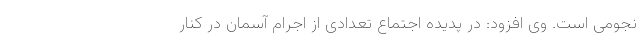
نجومی است. وی افزود: در پدیده اجتماع تعدادی از اجرام آسمان در کنار